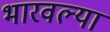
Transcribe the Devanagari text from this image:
भारवल्या